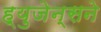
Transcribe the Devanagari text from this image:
ह्युजेन्सने